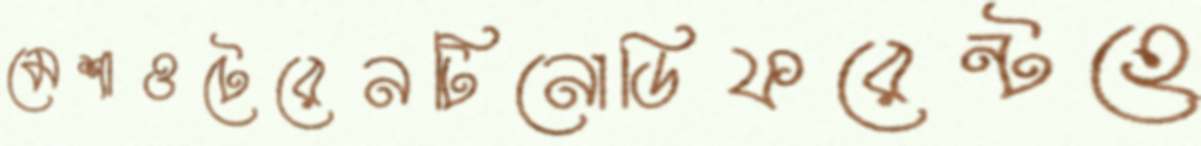
মেশাওটেরেনটিনোডিফরেন্টহে